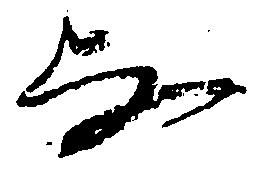
な